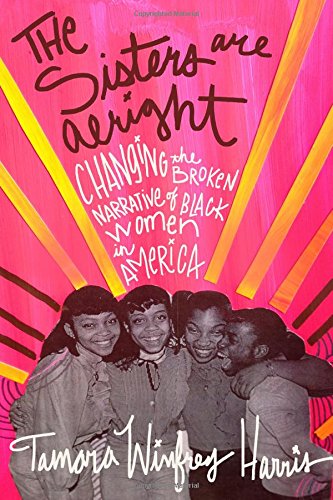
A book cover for The Sisters Are Alright: Changing the Broken Narrative of Black Women in America; Tamara Winfrey Harris; Politics & Social Sciences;